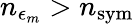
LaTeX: n_{\epsilon_{m}}>n_{\mathrm{sym}}